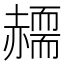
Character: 𧹸